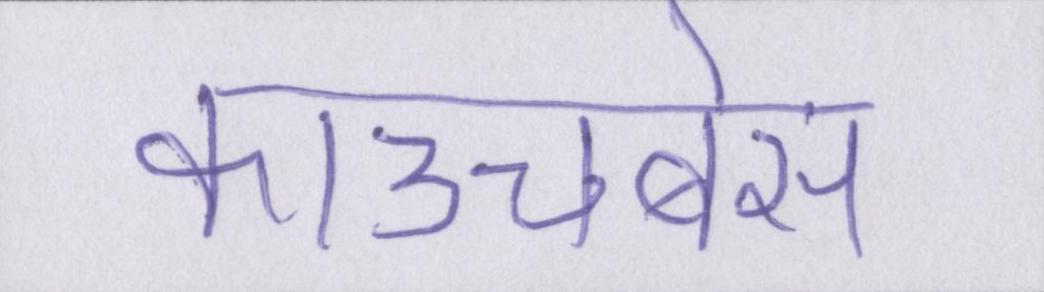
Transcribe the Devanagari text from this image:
काउचबेस